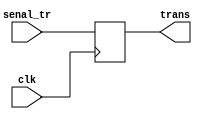
`timescale 1ns / 1ps
//////////////////////////////////////////////////////////////////////////////////
// Company: 
// Engineer: 
// 
// Design Name: 
// Module Name: reg_COn
// Project Name: 
// Target Devices: 
// Tool Versions: 
// Description: 
// 
// Dependencies: 
// 
// Revision:
// Revision 0.01 - File Created
// Additional Comments:
// 
//////////////////////////////////////////////////////////////////////////////////


module reg_COn(
    input wire clk,
    input wire senal_tr,
    output wire trans
    );
 reg data;
 always @(posedge clk)
    data<=senal_tr;   
    
 assign trans=data;
endmodule